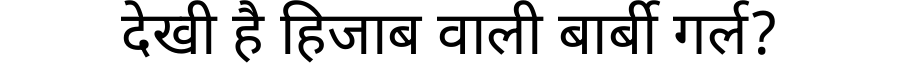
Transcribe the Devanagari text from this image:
देखी है हिजाब वाली बार्बी गर्ल?